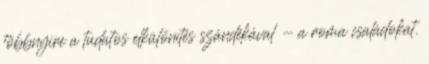
többnyire a tudatos elkülönítés szándékával - a roma családokat.